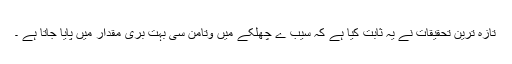
تازہ ترین تحقیقات نے یہ ثابت کیا ہے کہ سیب ے چھلکے میں وتامن سی بہت بری مقدار میں پایا جاتا ہے ۔